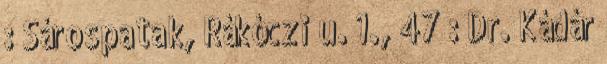
: Sárospatak, Rákóczi u. 1., 47 : Dr. Kádár